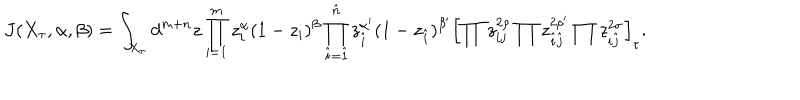
LaTeX: J ( X _ { \tau } , \alpha , \beta ) = \int _ { X _ { \tau } } d ^ { m + n } z \prod _ { i = 1 } ^ { m } z _ { i } ^ { \alpha } ( 1 - z _ { i } ) ^ { \beta } \prod _ { \hat { i } = \hat { 1 } } ^ { \hat { n } } z _ { \hat { i } } ^ { \alpha ^ { \prime } } ( 1 - z _ { \hat { i } } ) ^ { \beta ^ { \prime } } \left[ \prod z _ { i j } ^ { 2 \rho } \prod z _ { \hat { i } \hat { j } } ^ { 2 \rho ^ { \prime } } \prod z _ { i \hat { j } } ^ { 2 \sigma } \right] _ { \tau } .